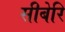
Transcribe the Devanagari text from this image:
सीबेरि